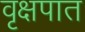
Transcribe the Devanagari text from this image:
वृक्षपात